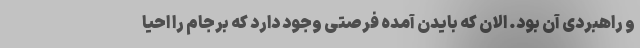
و راهبردی آن بود. الان که بایدن آمده فرصتی وجود دارد که برجام را احیا